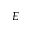
E